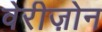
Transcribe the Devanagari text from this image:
वेरीज़ोन